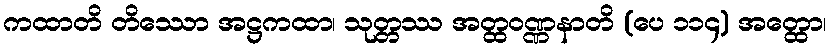
ကထာတိ တိဿော အဋ္ဌကထာ၊ သုတ္တဿ အတ္ထဝဏ္ဏနာတိ (ပေ ၁၁၄) အတ္ထော၊